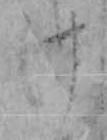
け